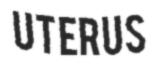
UTERUS